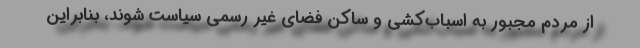
از مردم مجبور به اسباب‌کشی و ساکن فضای غیر رسمی سیاست شوند، بنابراین